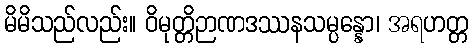
မိမိသည်လည်း။ ဝိမုတ္တိဉာဏဒဿနသမ္ပန္နော၊ အရဟတ္တ